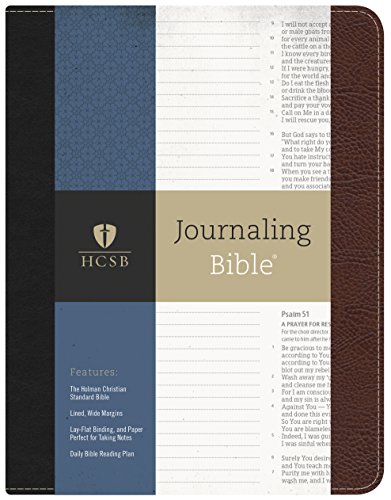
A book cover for HCSB Journaling BibleÂ®; Christian Books & Bibles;